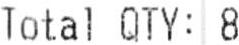
TOTAL QTY: 8